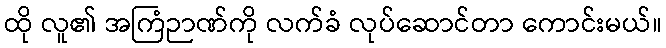
ထို လူ၏ အကြံဉာဏ်ကို လက်ခံ လုပ်ဆောင်တာ ကောင်းမယ်။